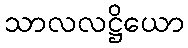
သာလလဋ္ဌိယော